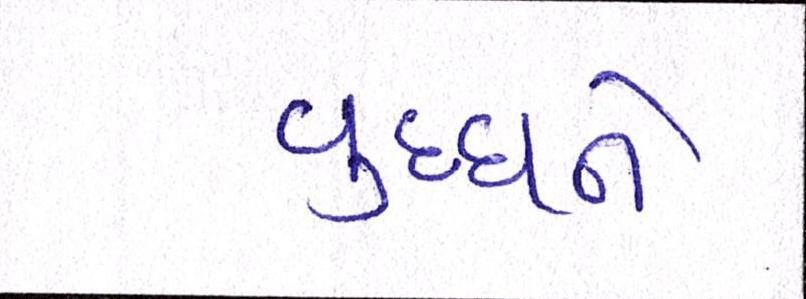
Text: વૃધ્ધને